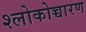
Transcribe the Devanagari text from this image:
श्लोकोच्चारण